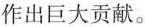
作出巨大贡献。